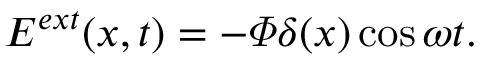
E ^ { e x t } ( x , t ) = - \varPhi \delta ( x ) \cos \omega t .